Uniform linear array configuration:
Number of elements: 48
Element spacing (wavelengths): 0.75
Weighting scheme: uniform
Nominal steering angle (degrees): -30
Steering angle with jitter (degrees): -31.723
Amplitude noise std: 0.05
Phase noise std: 0.05

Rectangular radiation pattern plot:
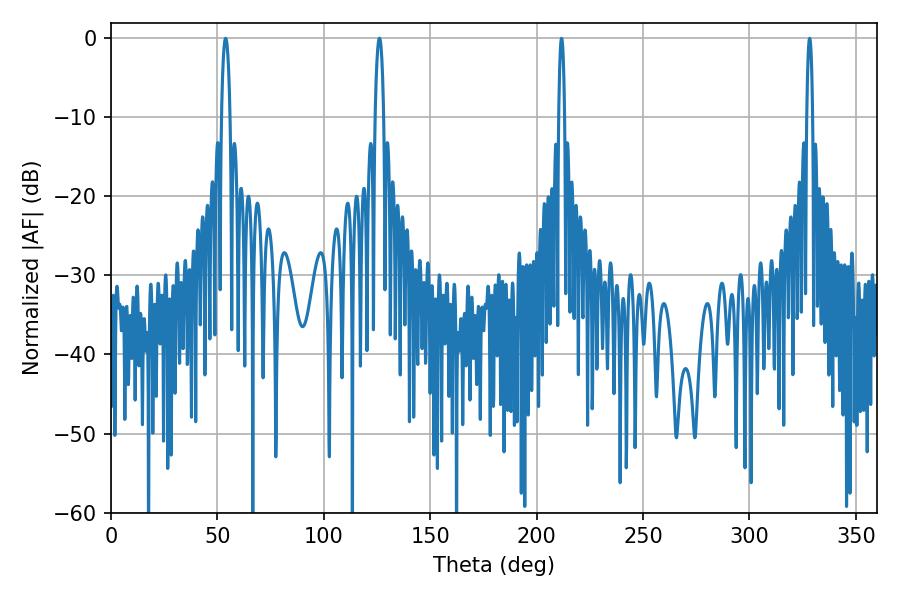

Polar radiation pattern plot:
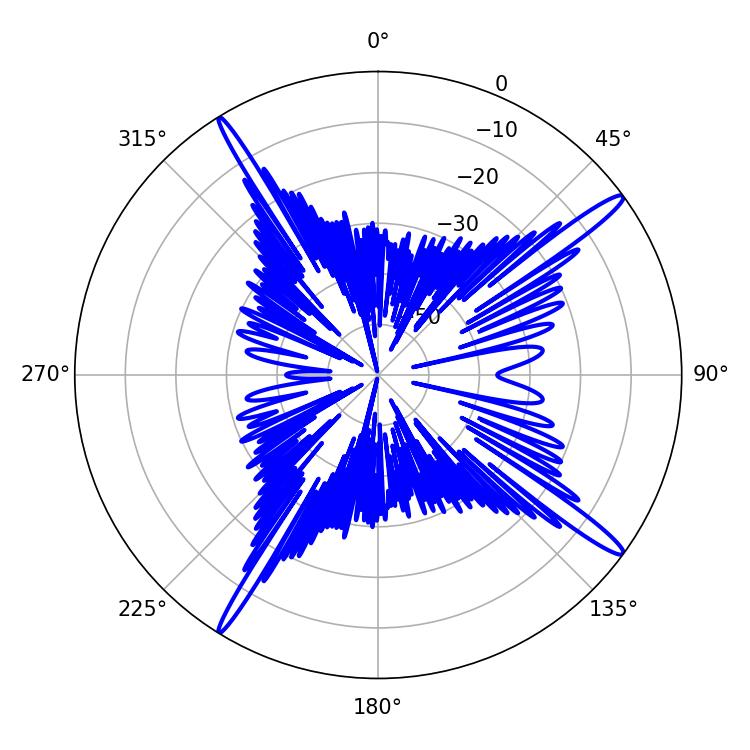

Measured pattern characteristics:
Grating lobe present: TRUE
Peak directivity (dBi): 16.786
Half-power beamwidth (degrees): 2.16
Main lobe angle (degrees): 53.82